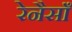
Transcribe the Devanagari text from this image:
रेनैसाँ